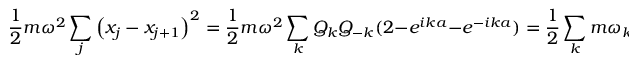
{ \frac { 1 } { 2 } } m \omega ^ { 2 } \sum _ { j } \left( x _ { j } - x _ { j + 1 } \right) ^ { 2 } = { \frac { 1 } { 2 } } m \omega ^ { 2 } \sum _ { k } Q _ { k } Q _ { - k } ( 2 - e ^ { i k a } - e ^ { - i k a } ) = { \frac { 1 } { 2 } } \sum _ { k } m { \omega _ { k } } ^ { 2 } Q _ { k } Q _ { - k }